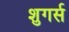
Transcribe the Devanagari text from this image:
शुगर्स